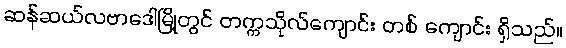
ဆန်ဆယ်လဗာဒေါမြို့တွင် တက္ကသိုလ်ကျောင်း တစ် ကျောင်း ရှိသည်။